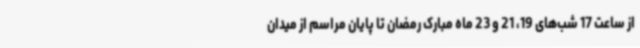
از ساعت 17 شب‌های 19، 21 و 23 ماه مبارک رمضان تا پایان مراسم از میدان